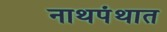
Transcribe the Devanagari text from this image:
नाथपंथात